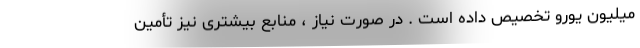
میلیون یورو تخصیص داده است . در صورت نیاز ، منابع بیشتری نیز تأمین